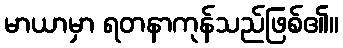
မာယာမှာ ရတနာကုန်သည်ဖြစ်၏။